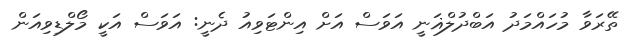
ތޭރަވާ މުހައްމަދު އަބްދުލްޣަނީ އަވަސް އަށް އިންޓަވިއު ދެނީ: އަވަސް އަކީ މޯލްޑިވިއަން